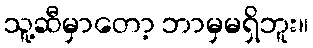
သူ့ဆီမှာတော့ ဘာမှမရှိဘူး။